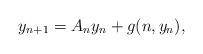
LaTeX: \begin{align*}y_{n+1}=A_{n}y_{n}+g(n,y_{n}),\end{align*}